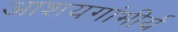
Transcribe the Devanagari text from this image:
आशयगांभीर्य